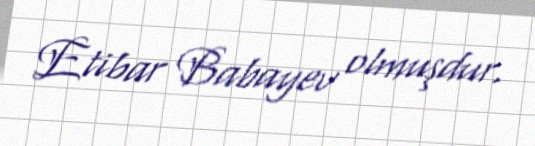
Etibar Babayev olmuşdur.